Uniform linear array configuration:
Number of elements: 32
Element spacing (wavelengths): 0.5
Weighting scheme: hamming
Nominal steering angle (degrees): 30
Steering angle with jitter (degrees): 31.225
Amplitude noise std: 0.05
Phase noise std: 0.05

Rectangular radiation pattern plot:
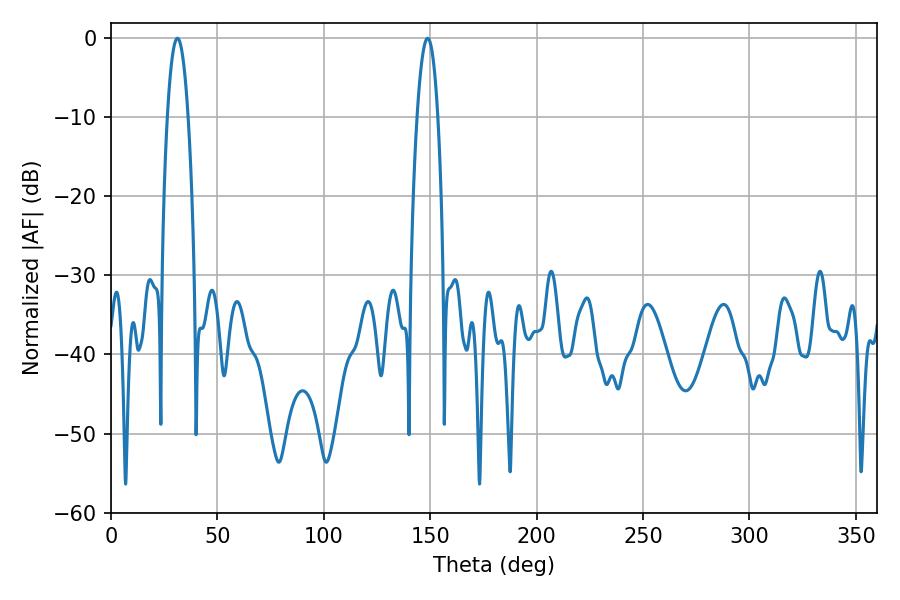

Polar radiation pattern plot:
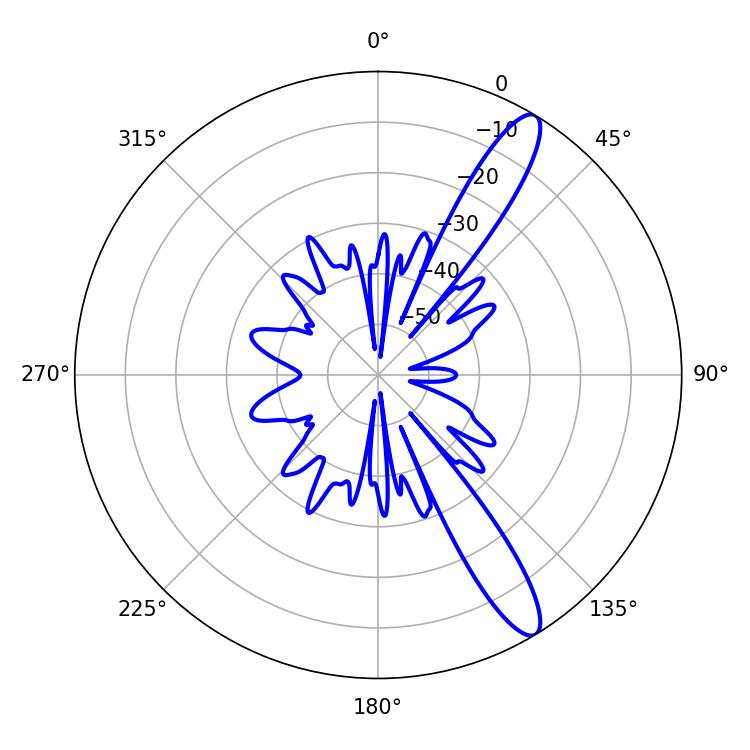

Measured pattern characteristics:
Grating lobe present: FALSE
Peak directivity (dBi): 12.792
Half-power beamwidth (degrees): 5.4
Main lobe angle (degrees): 31.14